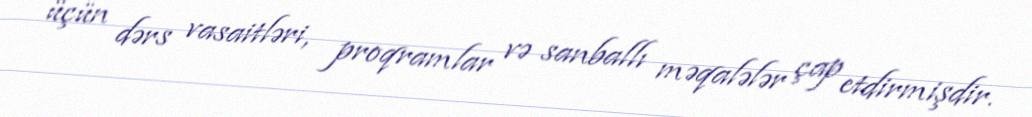
üçün dərs vasaitləri, proqramlar və sanballı məqalələr çap etdirmişdir.